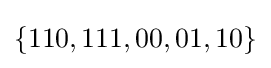
\{110,111,00,01,10\}